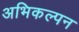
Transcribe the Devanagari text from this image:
अभिकल्‍पन